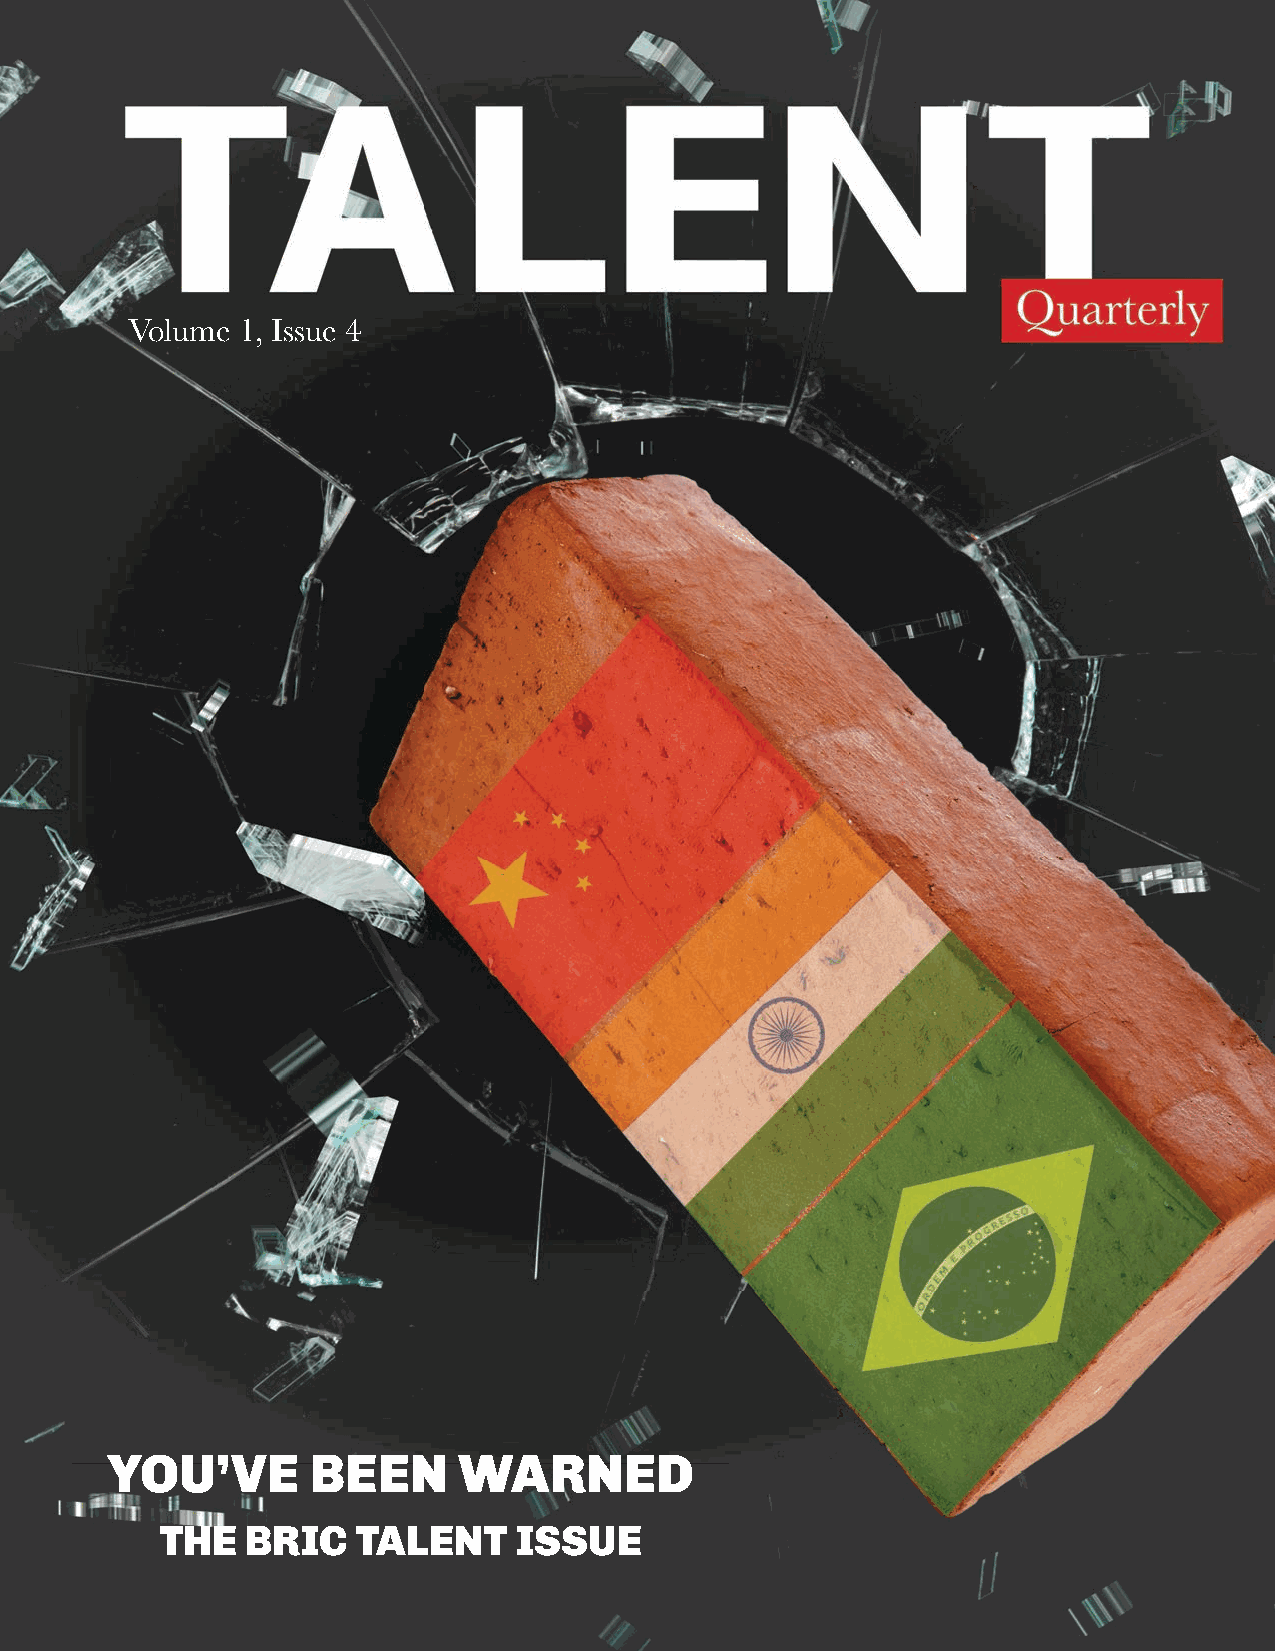
Volume  1, Issue 4
 YOU’VE       BEEN      WARNED
 THE  BRIC    TALENT    ISSUE